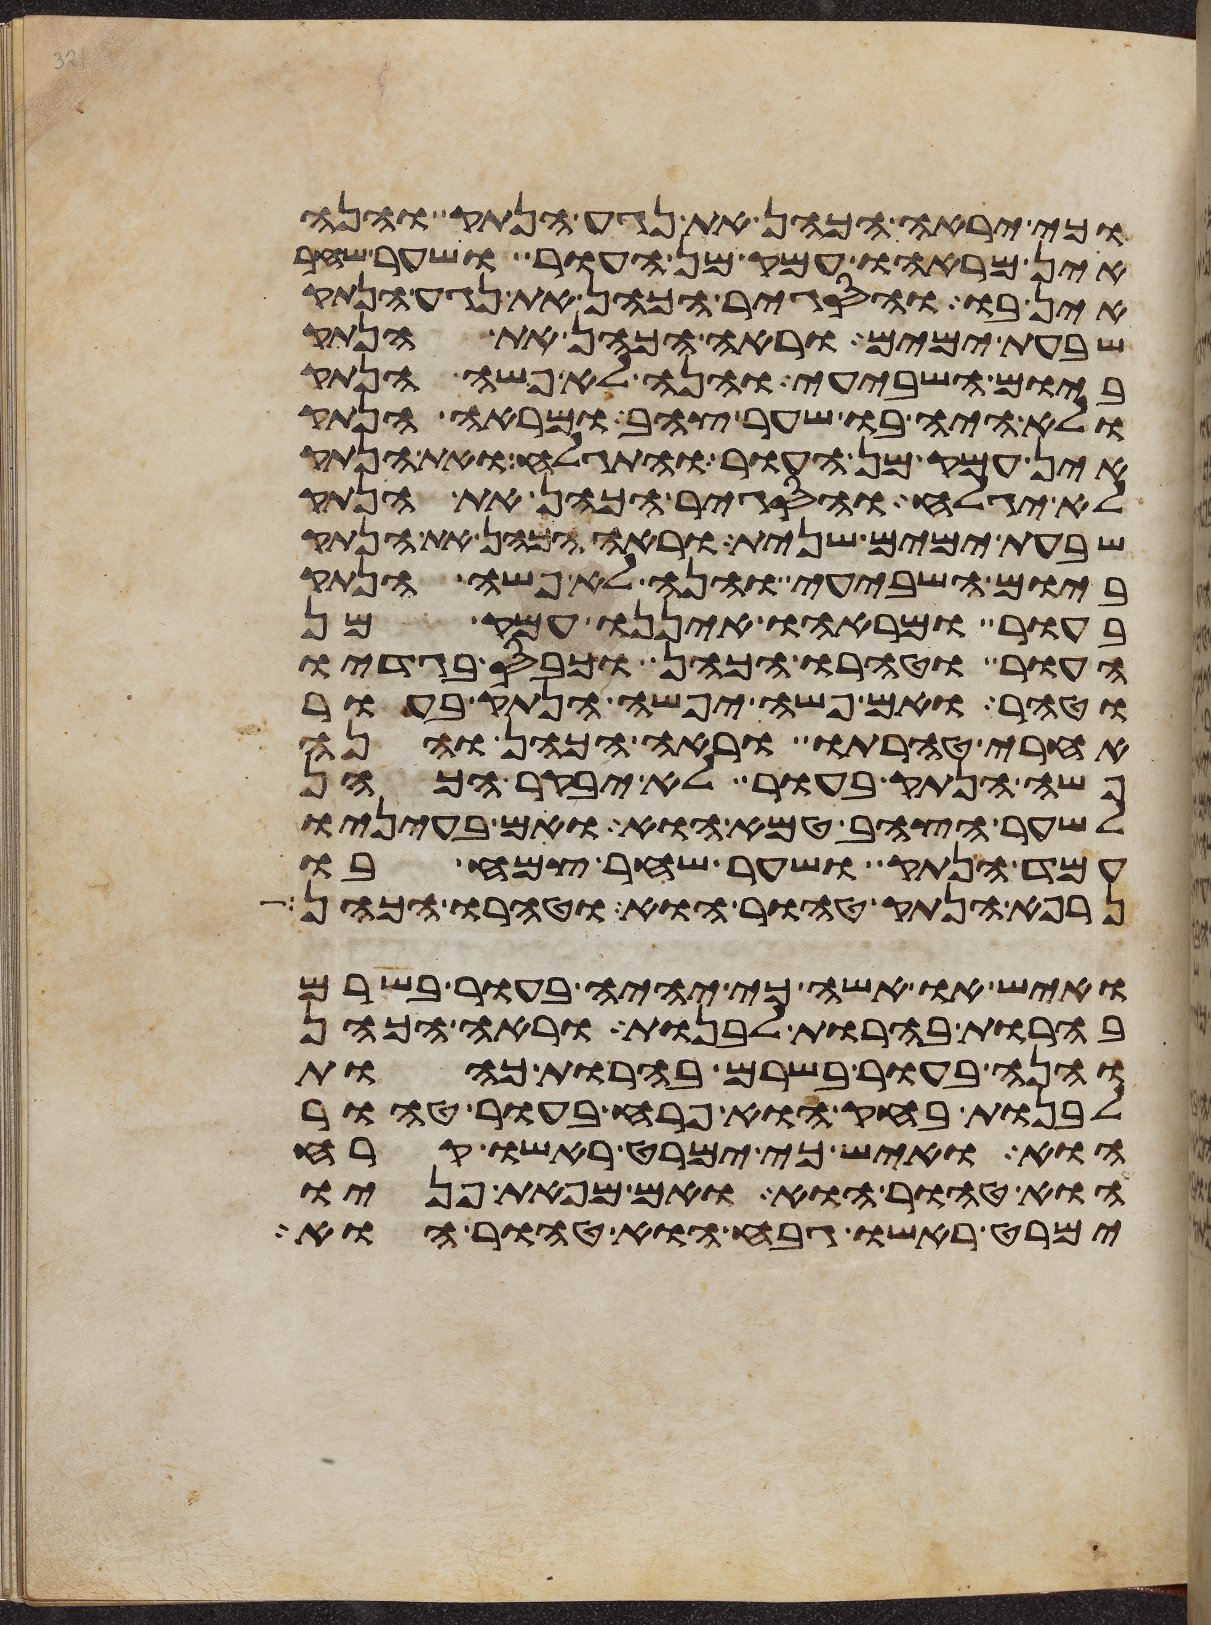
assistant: כי יראה הכהן את נגע הנתק והנה
אין מראהו עמק מן העור ושער שחר
אין בו והסגיר הכהן את נגע הנתק
שבעת ימים וראה הכהן את הנתק
ביום השביעי והנה לא פשה הנתק
ולא היה בו שער צהב ומראה הנתק
אין עמק מן העור והתגלח ואת הנתק
לא יגלח והסגיר הכהן את הנתק
שבעת ימים שנית וראה הכהן את הנתק
ביום השביעי והנה לא פשה הנתק
בעור ומראהו איננו עמק מן
העור וטהרו הכהן וכבס בגדיו
וטהר ואם פשה יפשה הנתק בעור
אחרי טהרתו וראה הכהן והנה
פשה הנתק בעור לא יבקר הכהן
לשער הצהב טמא הוא ואם בעיניו
עמד הנתק ושער שחר צמח בו
נרפא הנתק טהור הוא וטהרו הכהן
ואיש או אשה כי יהיה בעור בשרם
בהרות בהרות לבנות וראה הכהן
והנה בעור בשרם בהרות כהות
לבנות בחק הוא פרח בעור טהור
הוא ואיש כי ימרט ראשו קרח
הוא טהור הוא ואם מפאת פניו
ימרט ראשו גבח הוא טהור הוא